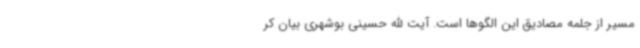
مسیر از جلمه مصادیق این الگوها است. آیت الله حسینی بوشهری بیان کر